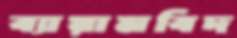
ব্যায়ামবিদ